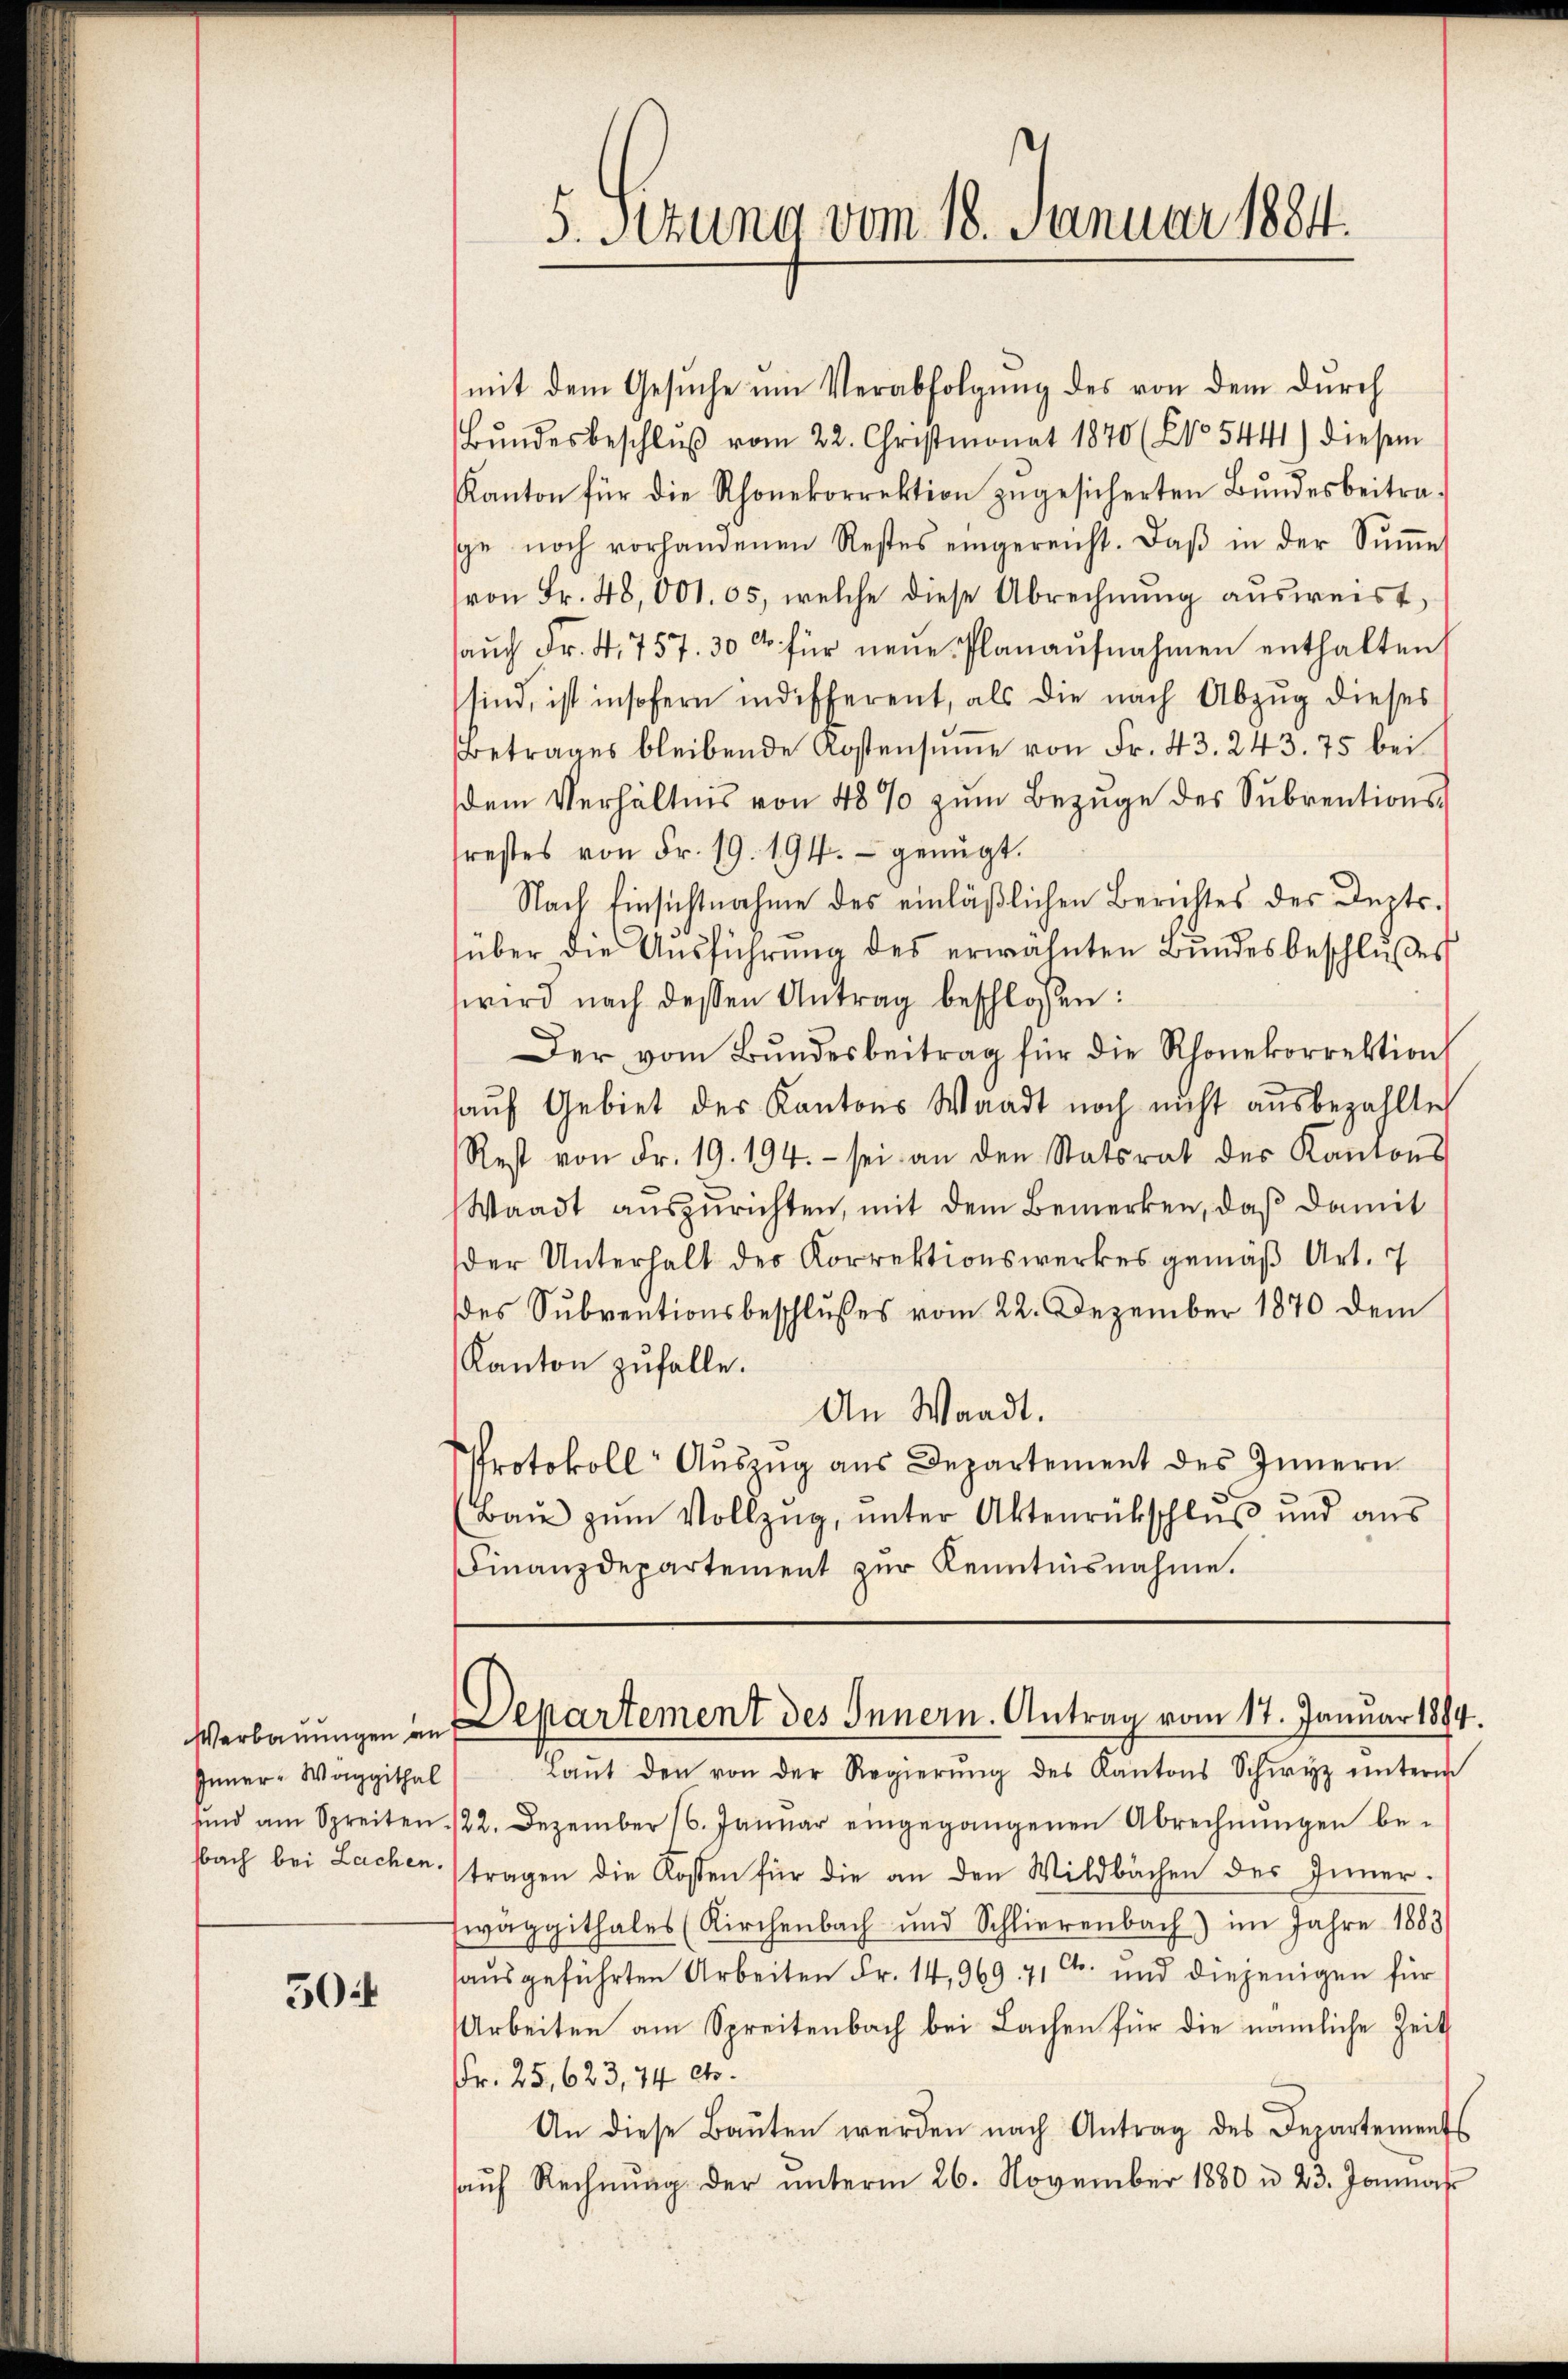
Verbauungen an
Inner-Waggithal
sbach bei Lachen.

30

5. Sitzung vom 18. Januar 1884.

mit dem Gesuche um Verabfolgung des von dem durch
Bŭndesbeschlŭβ vom 22. Christmonat 1840 (No 5441) diesem
Kanton für die Rhonekorrektion zugesicherten Bundesbeitrage noch vorhandenen Restes eingereicht. Daβ in der Sŭṁe
von Fr. 48,001. 65, welche diese Abrechnŭng aŭsweist.
saŭch Fr. 4, 757. 300 für neŭe Planaŭfnahmen enthalten,
sind, ist insofern indifferent, als die nach Abzŭg dieses
Betrages bleibende Kostensŭṁe von Fr. 43. 243. 75 bei
dem Verhältnis von 48 % zum Bezuge des Subrentionsfrestes von Fr. 19. 194. genügt.
Nach Einsichtnahme des einläßlichen Berichtes des Depts.
über die Ausführung des erwähnten Bundesbeschlußes
wird nach dessen Antrag beschlossen:
Der vom Bŭndesbeitrag für die Rhonekorrektion
auf Gebiet des Kantons Waadt noch nicht ausbezahlte
Rest von Fr. 19. 194. sei an den Statsrat des Kantons
Waadt auszurichten, mit dem Bemerken, daß damit
der Unterhalt des Korrektionswerkes gemäß Art. 7
des Subventionsbeschlußes vom 22. Dezember 1870 dem
Kanton zufalle.
An Waadt.
Protokoll Auszug aus Departement des Innern
(Baŭ zŭm Vollzŭg, ŭnter Aktenrückschluß und aus
Finanzdepartement zŭr Kenntnisnahme.

Departement des Innern. Antrag vom 17. Januar 1884.

Laŭt den von der Regierŭng des Kantons Schwyz unterm
sund am Spreiten 22. Dezember 16. Janŭar eingegangenen Abrechnŭngen be-
tragen die Kosten für die an den Wildbachen des Inner.
wäggithales (Kirchenbach und Schlierenbach) im Jahre 1883
sausgeführten Arbeiten Fr. 14, 969. 71 Ct. und diejenigen für
Arbeiten am Spreitenbach bei Lachen für die nämliche Zeit
Fr. 25, 623, 74 et.
An diese Baŭten werden nach Antrag des Departements
aŭf Rechnŭng der ŭnterm 26. November 1880 u. 23. Jonas